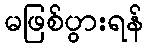
မဖြစ်ပွားရန်